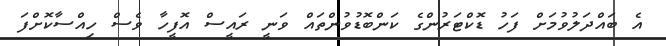
އެ ބައްދަލުވުމަށް ފަހު ޑޮކްޓަރުންގެ ކަންބޮޑުވުންތައް ވަނީ ރައީސް އޮފީހާ ވެސް ހިއްސާކޮށްފަ